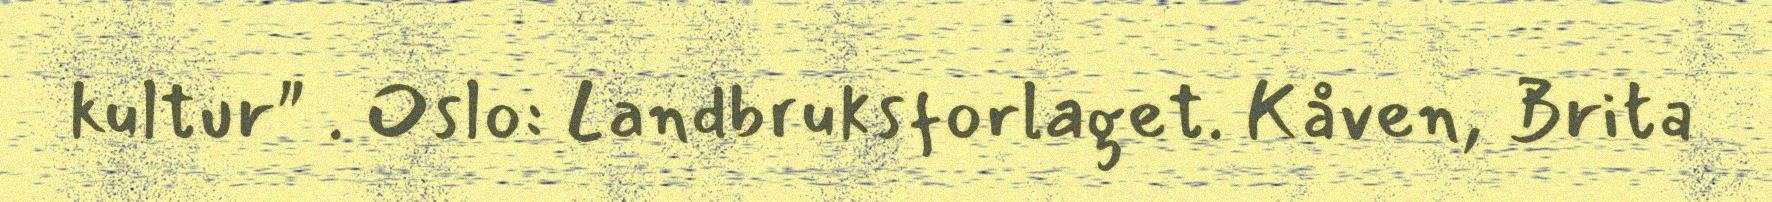
kultur" . Oslo: Landbruksforlaget. Kåven, Brita